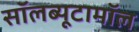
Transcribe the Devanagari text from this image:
सॉलब्यूटामॉल